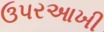
ઉપરઆખી